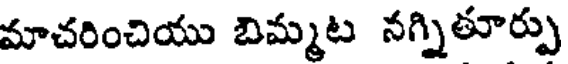
మాచరించియు బిమ్మట నగ్నితూర్పు